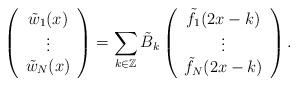
LaTeX: \begin{align*}\left ( \begin{array}{c} \tilde{w}_{1}(x) \\ \vdots \\ \tilde{w}_{N}(x) \end{array} \right ) = \sum_{k \in \mathbb{Z} } \tilde{B}_{k} \left ( \begin{array}{c} \tilde{f_{1}}(2x - k) \\ \vdots \\ \tilde{f}_{N}(2x - k) \end{array} \right ) .\end{align*}